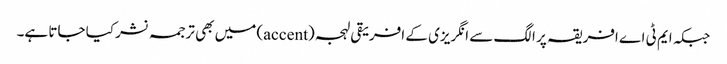
جبکہ ایم ٹی اے افریقہ پر الگ سے انگریزی کے افریقی لہجہ (accent) میں بھی ترجمہ نشر کیا جاتا ہے۔